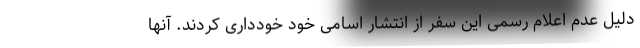
دلیل عدم اعلام رسمی این سفر از انتشار اسامی خود خودداری کردند. آنها